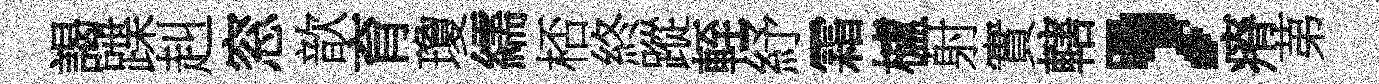
謁蹀赳窓歆育瓊繻桮終蹤輊紓霜櫨射實轄，瘠苐